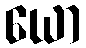
ယော